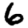
Digit: 6